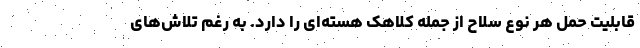
قابلیت حمل هر نوع سلاح از جمله کلاهک هسته‌ای را دارد. به رغم تلاش‌های